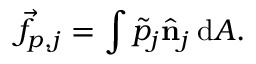
\Vec { f } _ { p , j } = \int \Tilde { p } _ { j } \hat { \mathbf { n } } _ { j } \: \mathrm { d } A .